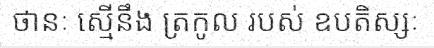
ថានៈ ស្មើនឹង ត្រកូល របស់ ឧបតិស្សៈ